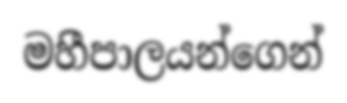
මහීපාලයන්ගෙන්